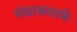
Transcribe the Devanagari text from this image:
मंडाळातर्फ